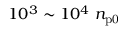
1 0 ^ { 3 } \sim 1 0 ^ { 4 } ~ n _ { \mathrm { p 0 } }